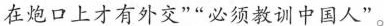
在炮口上才有外交””必须教训中国人”。